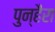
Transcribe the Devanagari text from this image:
पुन्हैरा